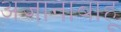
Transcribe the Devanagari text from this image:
अजानाबाहू